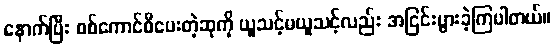
နောက်ပြီး စစ်ကောင်စီပေးတဲ့ဆုကို ယူသင့်မယူသင့်လည်း အငြင်းပွားခဲ့ကြပါတယ်။